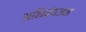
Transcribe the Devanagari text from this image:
अभिवंयजन